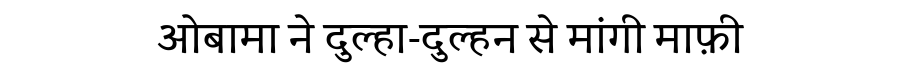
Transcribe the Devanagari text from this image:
ओबामा ने दुल्हा-दुल्हन से मांगी माफ़ी